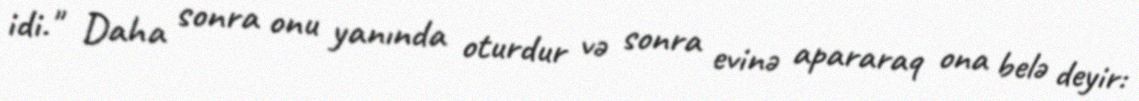
idi." Daha sonra onu yanında oturdur və sonra evinə apararaq ona belə deyir: